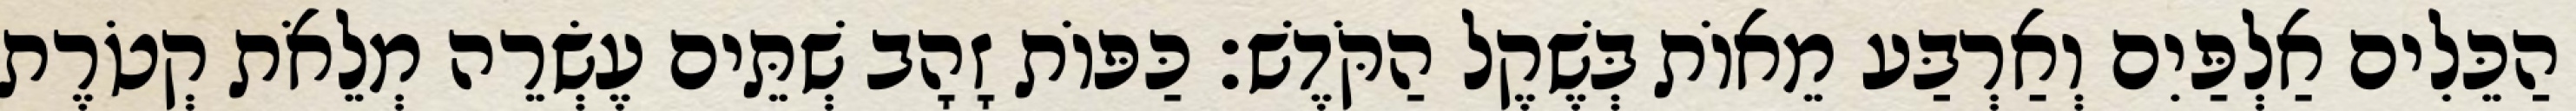
הַכֵּלִים אַלְפַּיִם וְאַרְבַּע מֵאוֹת בְּשֶׁקֶל הַקֹּדֶשׁ׃ כַּפּוֹת זָהָב שְׁתֵּים עֶשְׂרֵה מְלֵאֹת קְטֹרֶת